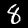
Digit: 8